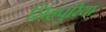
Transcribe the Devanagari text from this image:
सिंहपुरिया